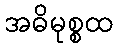
အဓိမုစ္စထ